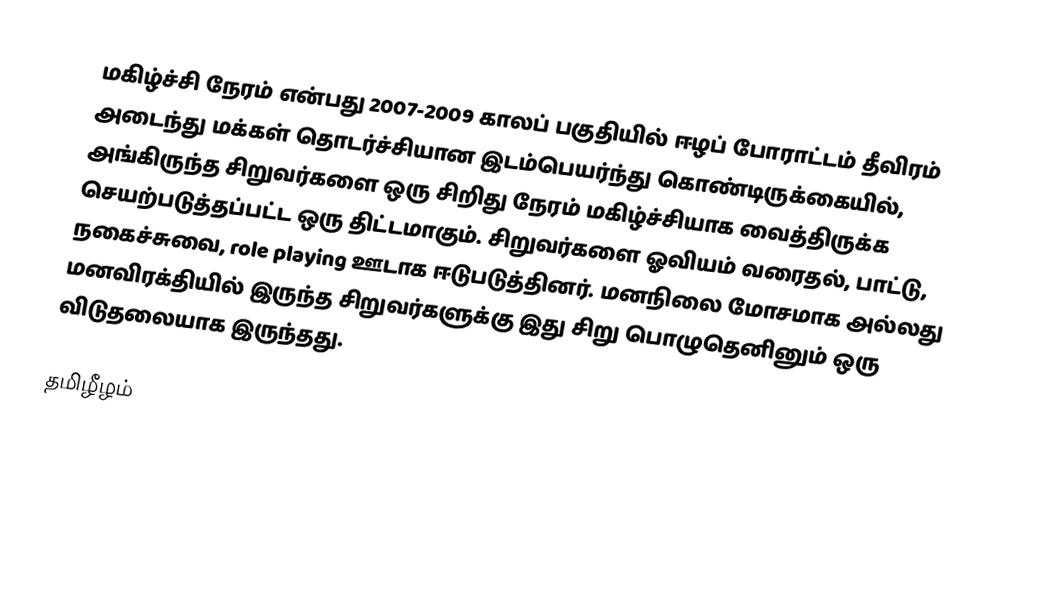
மகிழ்ச்சி நேரம் என்பது 2007-2009 காலப் பகுதியில் ஈழப் போராட்டம் தீவிரம் அடைந்து மக்கள் தொடர்ச்சியான இடம்பெயர்ந்து கொண்டிருக்கையில், அங்கிருந்த சிறுவர்களை ஒரு சிறிது நேரம் மகிழ்ச்சியாக வைத்திருக்க செயற்படுத்தப்பட்ட ஒரு திட்டமாகும்.  சிறுவர்களை ஓவியம் வரைதல், பாட்டு, நகைச்சுவை, role playing ஊடாக ஈடுபடுத்தினர்.  மனநிலை மோசமாக அல்லது மனவிரக்தியில் இருந்த சிறுவர்களுக்கு இது சிறு பொழுதெனினும் ஒரு விடுதலையாக இருந்தது.

தமிழீழம்